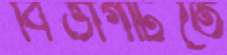
বিভাগটিতে